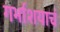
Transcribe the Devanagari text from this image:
गर्भाशयाचं